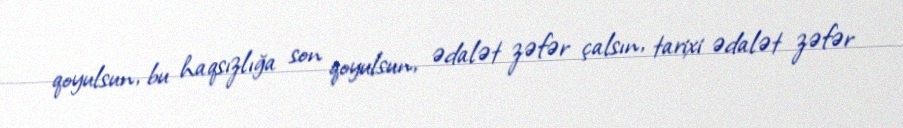
qoyulsun, bu haqsızlığa son qoyulsun, ədalət zəfər çalsın, tarixi ədalət zəfər